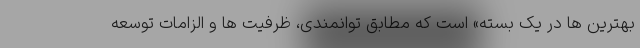
بهترین ها در یک بسته» است که مطابق توانمندی، ظرفیت ها و الزامات توسعه